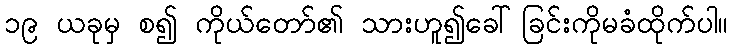
၁၉ ယခုမှ စ၍ ကိုယ်တော်၏ သားဟူ၍ခေါ်ခြင်းကိုမခံထိုက်ပါ။